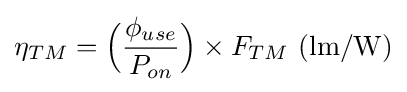
\eta _{TM}={\Big (}{\frac {\phi _{use}}{P_{on}}}{\Big )}\times F_{TM}{\text{ (lm/W)}}